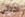
اخذتي